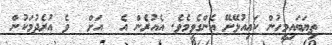
ތިޔަބައިމީހުން ކައިއުޅޭށޭ އެންގެވީމެވެ. އެއުރެން އެ  އަށް  ވެ އުރެދުމަކުން